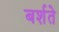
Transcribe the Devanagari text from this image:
बर्शते